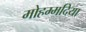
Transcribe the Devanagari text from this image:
मोहम्मदिया